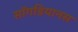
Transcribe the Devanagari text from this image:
सॉगडियानस